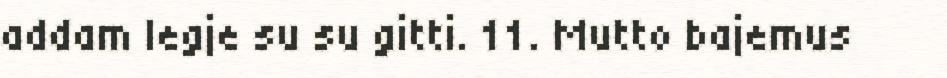
addam legje su su gitti. 11. Mutto bajemus